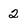
Character: 2